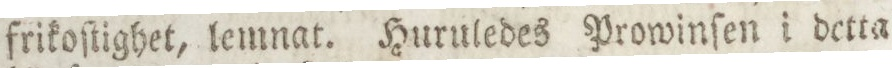
frikoſtighet, lemnat. Huruledes Prowinſen i detta